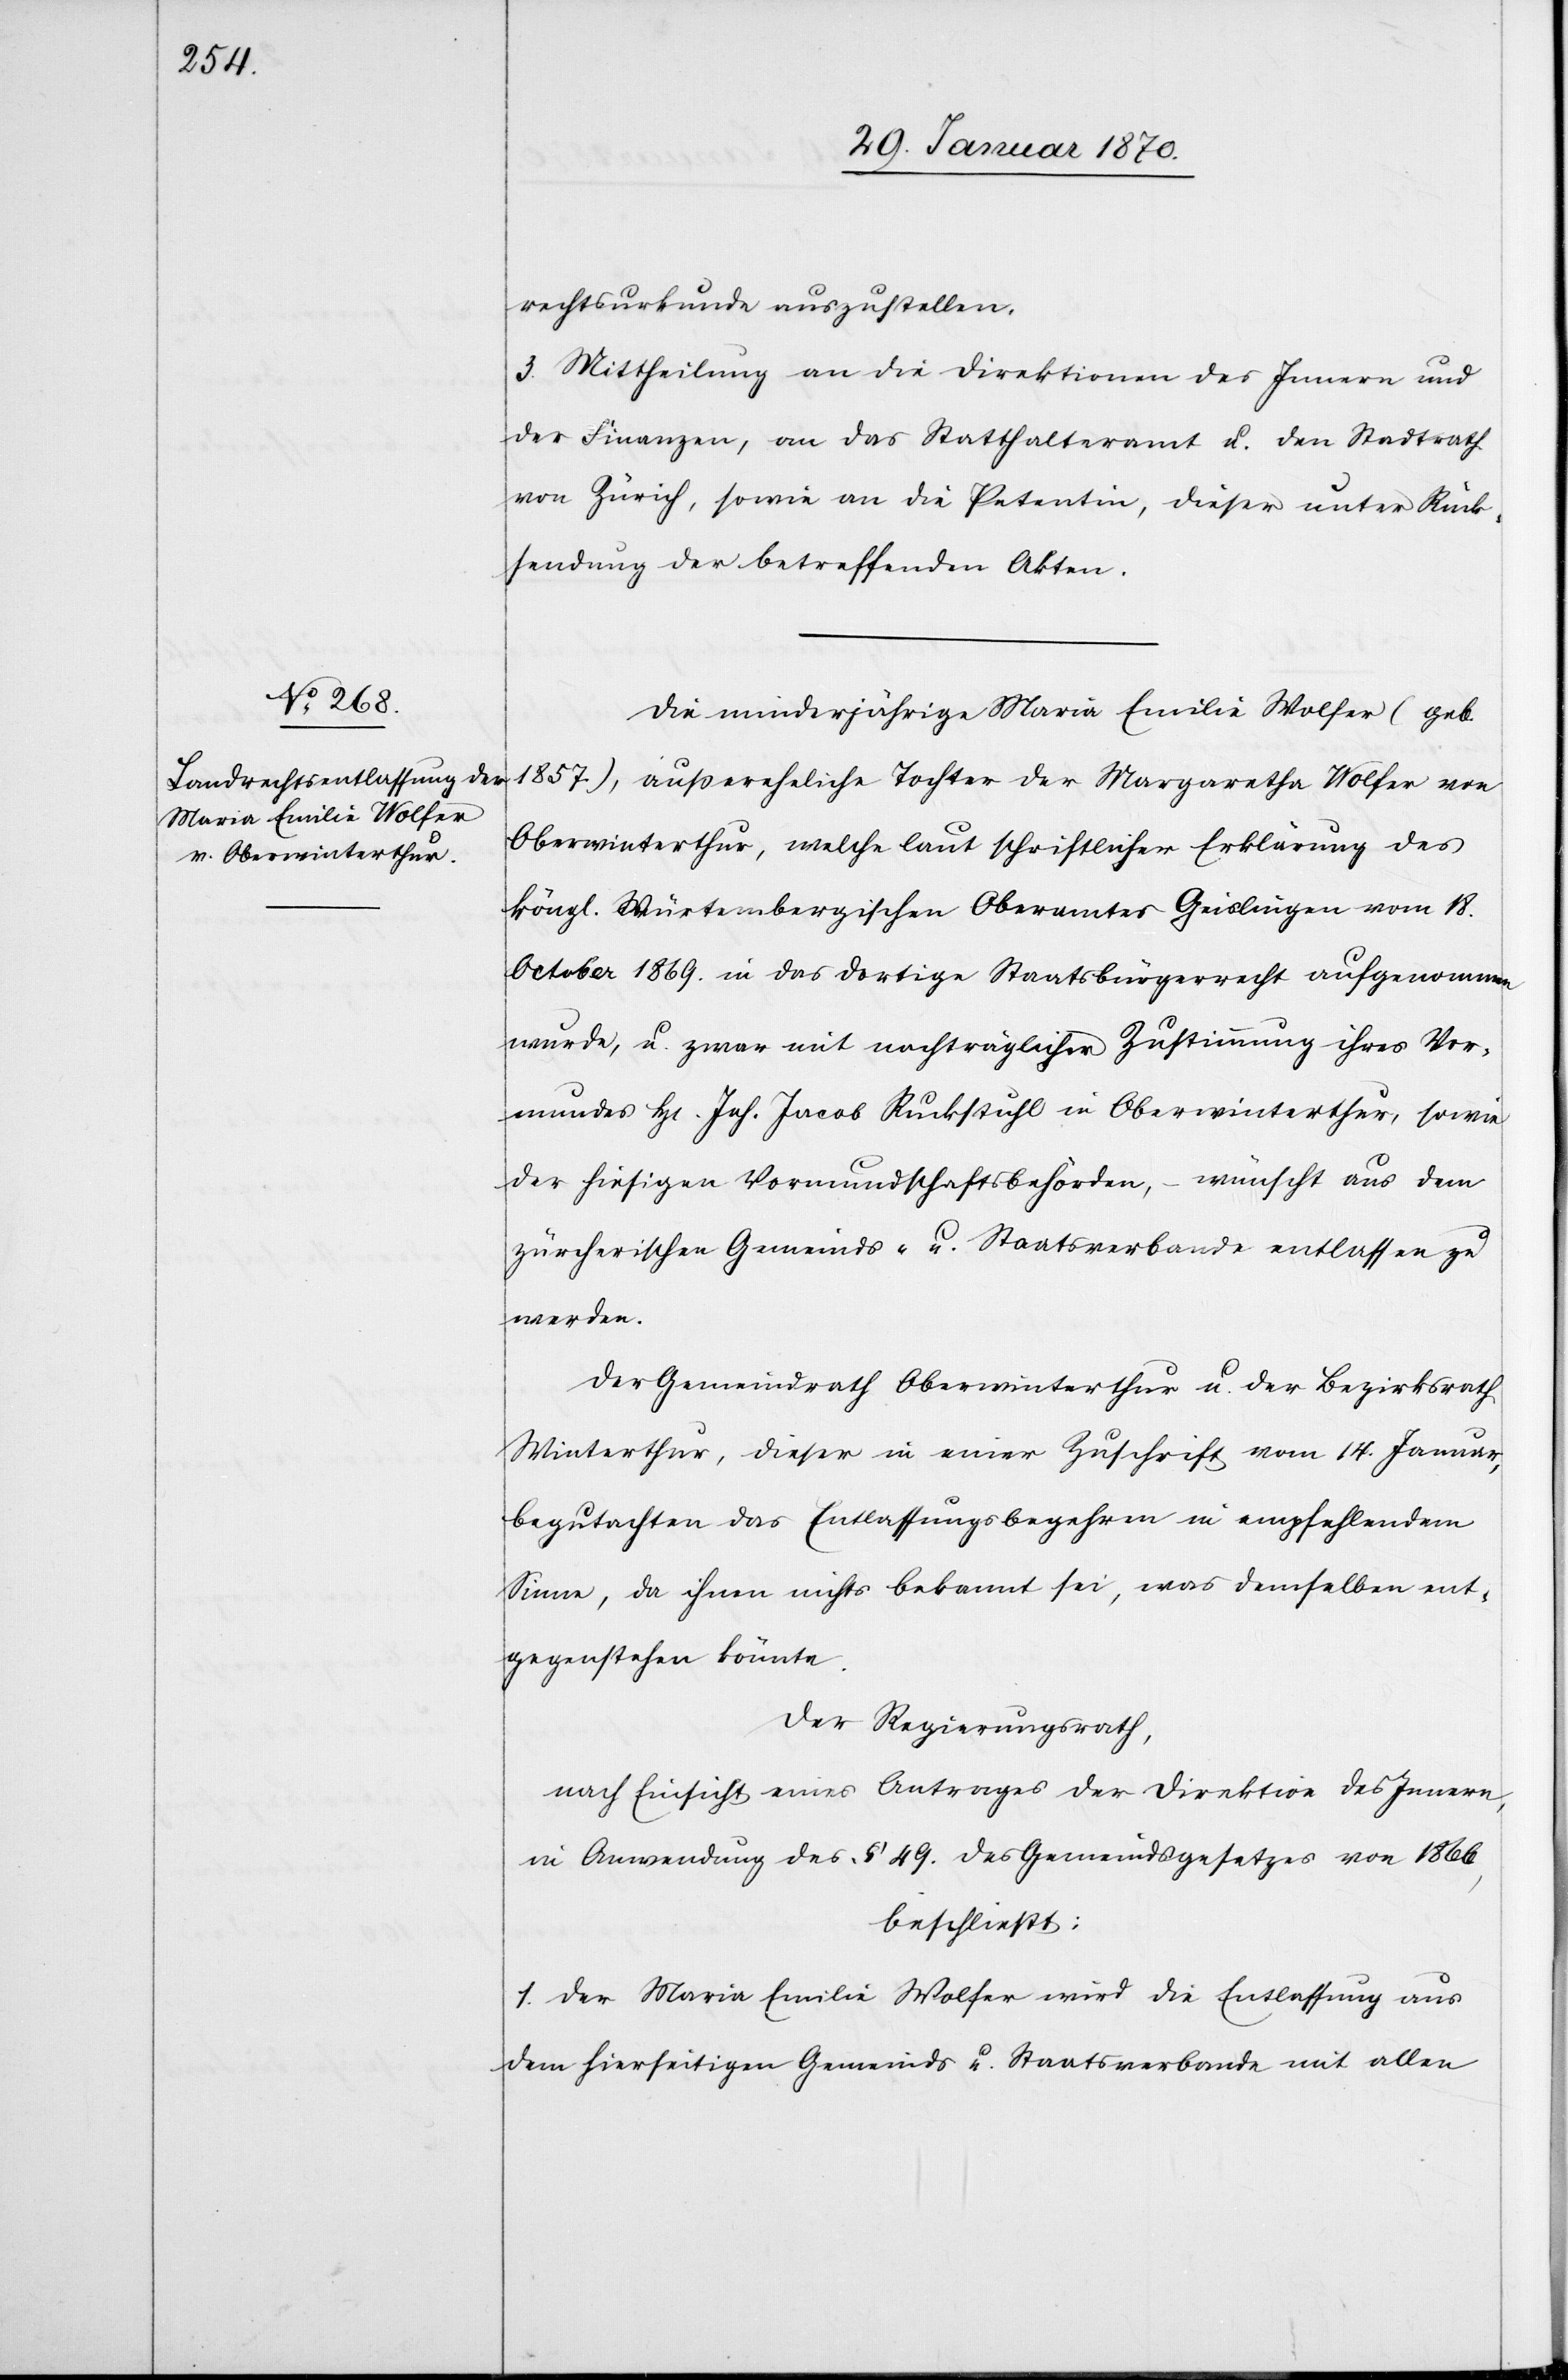
rechtsurkunde auszustellen.
3. Mittheilung an die Direktionen des Innern und
der Finanzen, an das Statthalteramt u. den Stadtrath
von Zürich, sowie an die Petentin, dieser unter Rück¬
sendung der betreffenden Akten.
Die minderjährige Maria Emilie Wolfer (geb.
1857.), außereheliche Tochter der Margaretha Wolfer von
Oberwinterthur, welche laut schriftlicher Erklärung des
köngl. Würtembergischen Oberamtes Geislingen vom 18.
October 1869. in das dortige Staatsbürgerrecht aufgenommen
wurde, u. zwar mit nachträglicher Zustimmung ihres Vor¬
mundes H[errn] Joh. Jacob Ruckstuhl in Oberwinterthur, sowie
der hiesigen Vormundschaftsbehörden,– wünscht aus dem
zürcherischen Gemeinds- u. Staatsverbande entlassen zu
werden.
Der Gemeindrath Oberwinterthur u. der Bezirksrath
Winterthur, dieser in einer Zuschrift vom 14. Januar,
begutachten das Entlassungsbegehren in empfehlendem
Sinne, da ihnen nichts bekannt sei, was demselben ent¬
gegenstehen könnte.
Der Regierungsrath,
nach Einsicht eines Antrages der Direktion des Innern,
in Anwendung des § 49. des Gemeindsgesetzes von 1866,
beschließt:
1. Der Maria Emilie Wolfer wird die Entlassung aus
dem hierseitigen Gemeinds[-] u. Staatsverbande mit allen